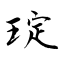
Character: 琔